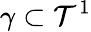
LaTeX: \gamma\subset\mathcal{T}^{1}